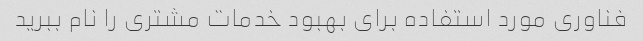
فناوری مورد استفاده برای بهبود خدمات مشتری را نام ببرید